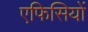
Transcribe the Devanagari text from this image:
एफिसियों